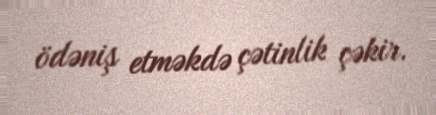
ödəniş etməkdə çətinlik çəkir.